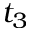
t _ { 3 }